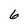
Character: 6